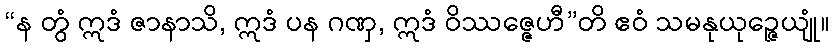
“န တွံ ဣဒံ ဇာနာသိ, ဣဒံ ပန ဂဏှ, ဣဒံ ဝိဿဇ္ဇေဟီ”တိ ဧဝံ သမနုယုဉ္ဇေယျုံ။